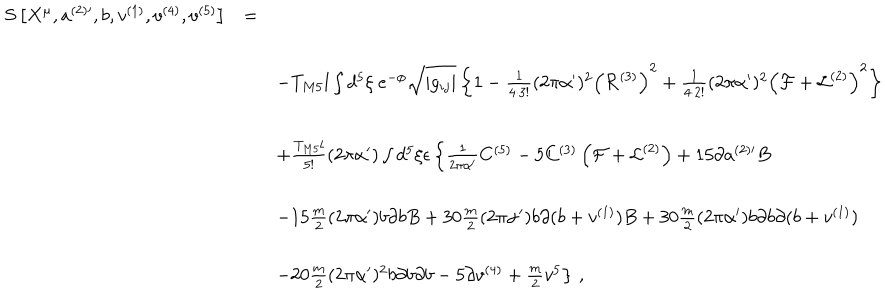
\begin{array} { r c l } { { S \left[ X ^ { \mu } , a ^ { ( 2 ) \prime } , b , v ^ { ( 1 ) } , v ^ { ( 4 ) } , v ^ { ( 5 ) } \right] } } & { { = } } & { { } } \\ { { } } & { { } } & { { } } \\ { { } } & { { } } & { { \hspace { - 6 c m } - T _ { M 5 } l \int d ^ { 5 } \xi \ e ^ { - \phi } \sqrt { | g _ { i j } | } \left\{ 1 - \frac { 1 } { 4 \cdot 3 ! } ( 2 \pi \alpha ^ { \prime } ) ^ { 2 } \left( { \cal R } ^ { ( 3 ) } \right) ^ { 2 } + \frac { 1 } { 4 \cdot 2 ! } ( 2 \pi \alpha ^ { \prime } ) ^ { 2 } \left( { \cal F } + { \cal L } ^ { ( 2 ) } \right) ^ { 2 } \right\} } } \\ { { } } & { { } } & { { } } \\ { { } } & { { } } & { { \hspace { - 6 c m } + \frac { T _ { M 5 } l } { 5 ! } ( 2 \pi \alpha ^ { \prime } ) \int d ^ { 5 } \xi \epsilon \left\{ \frac { 1 } { 2 \pi \alpha ^ { \prime } } C ^ { ( 5 ) } - 5 C ^ { ( 3 ) } \left( { \cal F } + { \cal L } ^ { ( 2 ) } \right) + 1 5 \partial a ^ { ( 2 ) \prime } B \right. } } \\ { { } } & { { } } & { { } } \\ { { } } & { { } } & { { \hspace { - 6 c m } - 1 5 \frac { m } { 2 } ( 2 \pi \alpha ^ { \prime } ) b \partial b B + 3 0 \frac { m } { 2 } ( 2 \pi \alpha ^ { \prime } ) b \partial ( b + v ^ { ( 1 ) } ) B + 3 0 \frac { m } { 2 } ( 2 \pi \alpha ^ { \prime } ) b \partial b \partial ( b + v ^ { ( 1 ) } ) } } \\ { { } } & { { } } & { { } } \\ { { } } & { { } } & { { \hspace { - 6 c m } \left. - 2 0 \frac { m } { 2 } ( 2 \pi \alpha ^ { \prime } ) ^ { 2 } b \partial b \partial b - 5 \partial v ^ { ( 4 ) } + { \textstyle \frac { m } { 2 } } v ^ { 5 } \right\} \, , } } \\ \end{array}